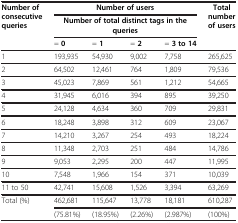
<table><thead><tr><td rowspan="3"><b>Number of consecutive queries</b></td><td colspan="4"><b>Number of users</b></td><td rowspan="3"><b>Total number of users</b></td></tr><tr><td colspan="4"><b>Number of total distinct tags in the queries</b></td></tr><tr><td><b>= 0</b></td><td><b>= 1</b></td><td><b>= 2</b></td><td><b>= 3 to 14</b></td></tr></thead><tbody><tr><td>1</td><td>193,935</td><td>54,930</td><td>9,002</td><td>7,758</td><td>265,625</td></tr><tr><td>2</td><td>64,502</td><td>12,461</td><td>764</td><td>1,809</td><td>79,536</td></tr><tr><td>3</td><td>45,023</td><td>7,869</td><td>561</td><td>1,212</td><td>54,665</td></tr><tr><td>4</td><td>31,945</td><td>6,016</td><td>394</td><td>895</td><td>39,250</td></tr><tr><td>5</td><td>24,128</td><td>4,634</td><td>360</td><td>709</td><td>29,831</td></tr><tr><td>6</td><td>18,248</td><td>3,898</td><td>312</td><td>609</td><td>23,067</td></tr><tr><td>7</td><td>14,210</td><td>3,267</td><td>254</td><td>493</td><td>18,224</td></tr><tr><td>8</td><td>11,348</td><td>2,703</td><td>251</td><td>484</td><td>14,786</td></tr><tr><td>9</td><td>9,053</td><td>2,295</td><td>200</td><td>447</td><td>11,995</td></tr><tr><td>10</td><td>7,548</td><td>1,966</td><td>154</td><td>371</td><td>10,039</td></tr><tr><td>11 to 50</td><td>42,741</td><td>15,608</td><td>1,526</td><td>3,394</td><td>63,269</td></tr><tr><td rowspan="2">Total (%)</td><td>462,681</td><td>115,647</td><td>13,778</td><td>18,181</td><td>610,287</td></tr><tr><td>(75.81%)</td><td>(18.95%)</td><td>(2.26%)</td><td>(2.987%)</td><td>(100%)</td></tr></tbody></table>